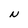
Character: N